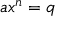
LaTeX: \ a x ^ { n } = q